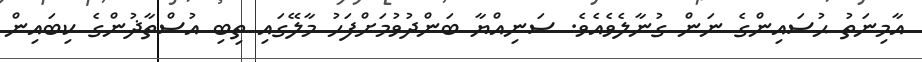
އާމިނަތު ޙުސައިންގެ ނަން ގުނާލެވެއެވެ. ސަނިއްޔާ ބަންދުވުމަށްފަހު މާލޭގައި ތިބި އުސްތާޛުންގެ ކިބައިން